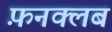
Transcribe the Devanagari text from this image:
फ़नक्लब